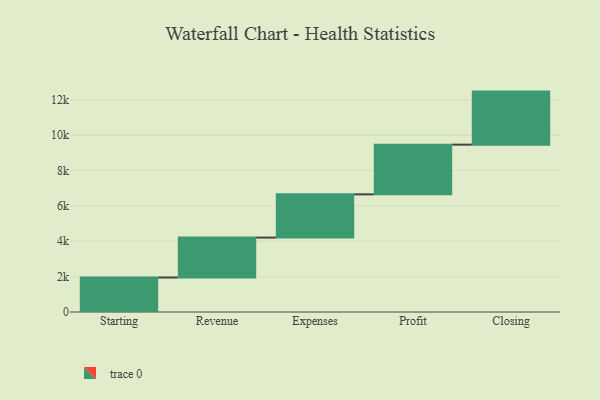
{"axis": {"x": "Step", "y": "Value"}, "legend": [""], "data": [{"x": "Starting", "y": 1950.0, "type": ""}, {"x": "Revenue", "y": 2258.0, "type": ""}, {"x": "Expenses", "y": 2446.0, "type": ""}, {"x": "Profit", "y": 2812.0, "type": ""}, {"x": "Closing", "y": 3000, "type": ""}]}